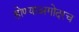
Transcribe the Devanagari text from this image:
होण्याअगोदरच